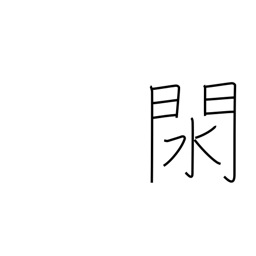
Meaning: pan for gold